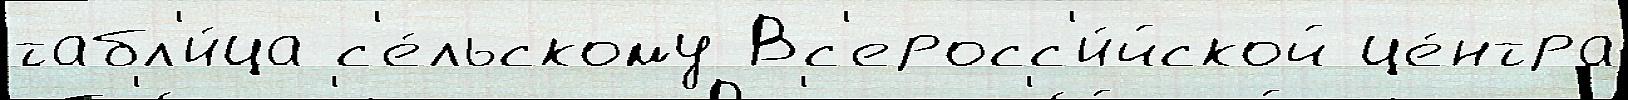
табл'и́ца с'е́льскому Вс'еросс'и́йской це́нтра